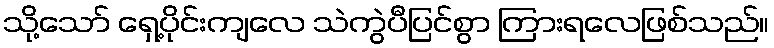
သို့သော် ရှေ့ပိုင်းကျလေ သဲကွဲပီပြင်စွာ ကြားရလေဖြစ်သည်။